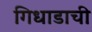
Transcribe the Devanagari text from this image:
गिधाडाची